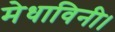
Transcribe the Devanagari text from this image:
मेधाविनी।